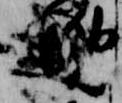
晩